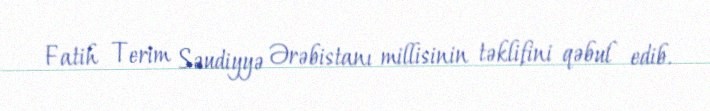
Fatih Terim Səudiyyə Ərəbistanı millisinin təklifini qəbul edib.